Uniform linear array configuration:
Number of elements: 32
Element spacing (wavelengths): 0.25
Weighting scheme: uniform
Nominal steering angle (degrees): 60
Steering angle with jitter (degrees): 58.983
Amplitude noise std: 0.05
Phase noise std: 0.05

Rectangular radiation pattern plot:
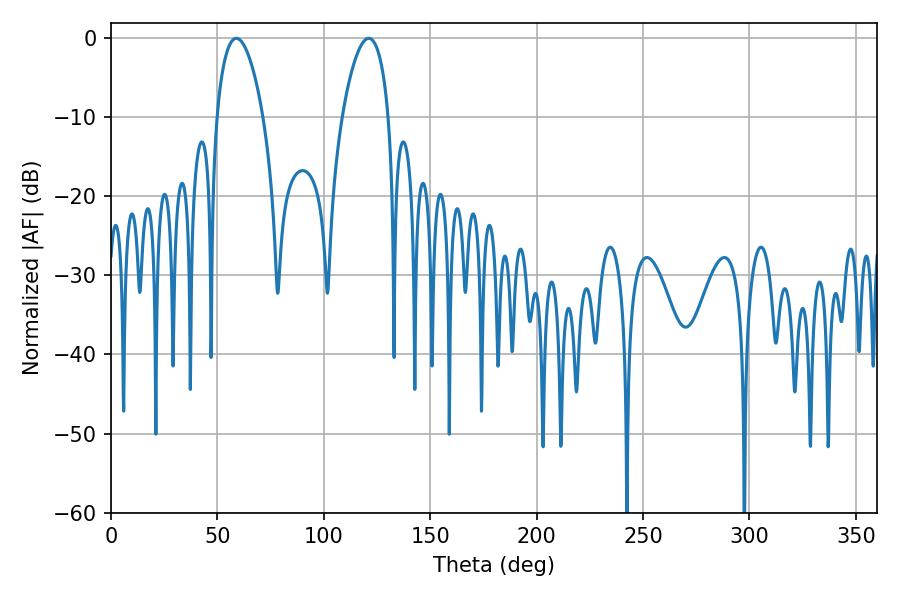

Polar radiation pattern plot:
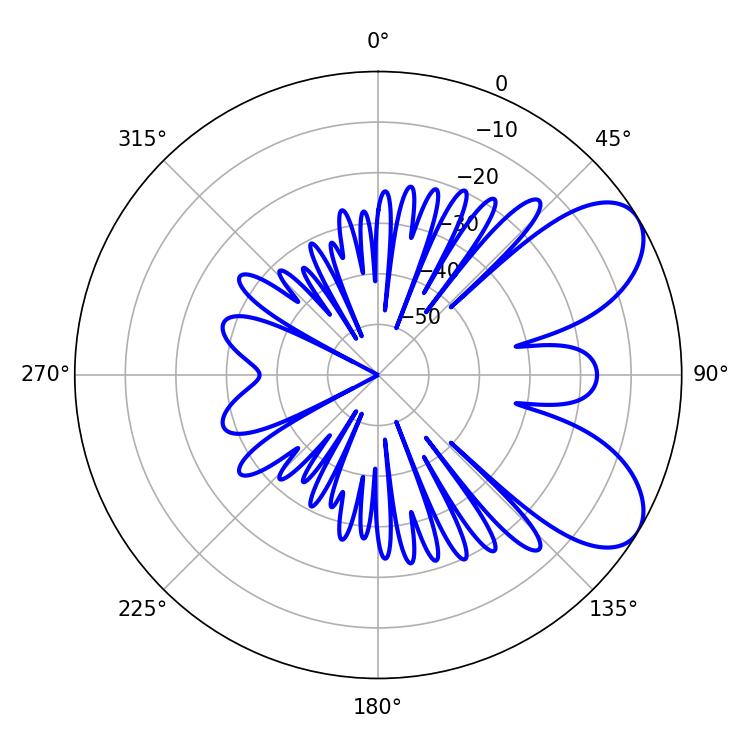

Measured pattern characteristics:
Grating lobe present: FALSE
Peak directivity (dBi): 7.001
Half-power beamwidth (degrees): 12.24
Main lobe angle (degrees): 58.86